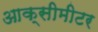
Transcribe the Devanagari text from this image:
आक्सीमीटर